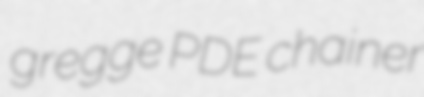
gregge PDE chainer